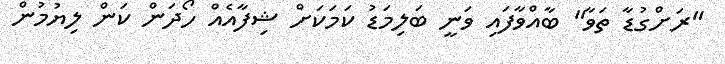
"ރަށްގުޑާ ތަވާ" ބާއްވާފައި ވަނީ ބަލިމަޑު ކަމަކަށް ޝިފާއެއް ހޯދަން ކަން ލިޔުމުން